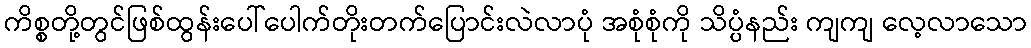
ကိစ္စတို့တွင်ဖြစ်ထွန်းပေါ်ပေါက်တိုးတက်ပြောင်းလဲလာပုံ အစုံစုံကို သိပ္ပံနည်း ကျကျ လေ့လာသော